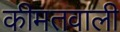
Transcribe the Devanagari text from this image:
कीमतवाली